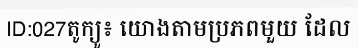
ID:027តូក្យូ៖ យោងតាមប្រភពមួយ ដែល